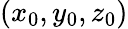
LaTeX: (x_{0},y_{0},z_{0})